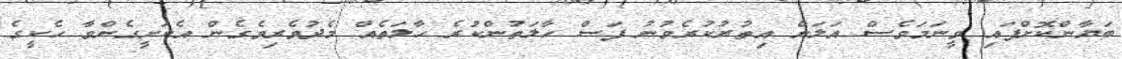
ބަޔާންކޮށްފައި ވީނަމަވެސް އަލަށް އިތުރުކުރެވުނު ފަސް ހާލަތުންކުރެ ހާލަތެއް މެދުވެރިވެގެން އެކަށީގެންވާ ހެކީގެ